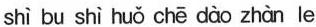
shì bu shì huǒ chē dào zhàn le